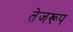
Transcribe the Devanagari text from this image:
तेजरूप